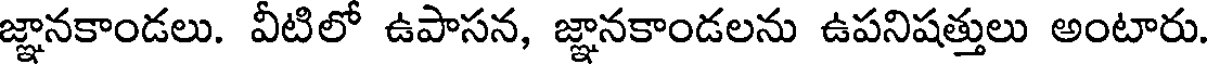
జ్ఞానకాండలు. వీటిలో ఉపాసన, జ్ఞానకాండలను ఉపనిషత్తులు అంటారు.